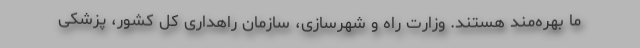
ما بهره‌مند هستند. وزارت راه و شهرسازی، سازمان راهداری کل کشور، پزشکی